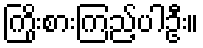
ကြိုးစားကြည့်ပါဦး။